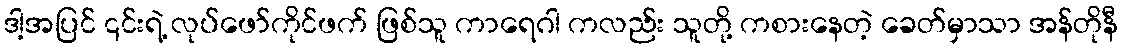
ဒါ့အပြင် ၎င်းရဲ့ လုပ်ဖော်ကိုင်ဖက် ဖြစ်သူ ကာရေဂါ ကလည်း သူတို့ ကစားနေတဲ့ ခေတ်မှာသာ အန်တိုနီ